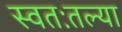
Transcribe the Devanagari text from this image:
स्वतःतल्या